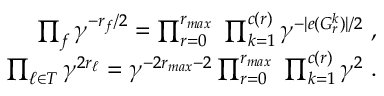
\begin{array} { r l r } & { } & { \prod _ { f } \gamma ^ { - r _ { f } / 2 } = \prod _ { r = 0 } ^ { r _ { m a x } } \ \prod _ { k = 1 } ^ { c ( r ) } \gamma ^ { - | e ( G _ { r } ^ { k } ) | / 2 } \ , } \\ & { } & { \prod _ { \ell \in { \cal T } } \gamma ^ { 2 r _ { \ell } } = \gamma ^ { - 2 r _ { m a x } - 2 } \prod _ { r = 0 } ^ { r _ { m a x } } \ \prod _ { k = 1 } ^ { c ( r ) } \gamma ^ { 2 } \ . } \end{array}